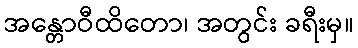
အန္တောဝီထိတော၊ အတွင်း ခရီးမှ။